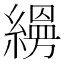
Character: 𦄡